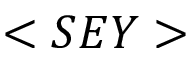
< S E Y >